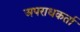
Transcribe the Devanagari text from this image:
अपराधकर्ता